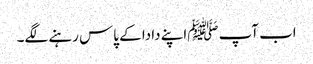
اب آپ ﷺاپنے دادا کے پاس رہنے لگے۔